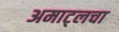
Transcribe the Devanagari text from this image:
अमाट्लचा